Lunatic asylums in Bengal annual reports 1888-1898 - 1888-1898
Year: 1888
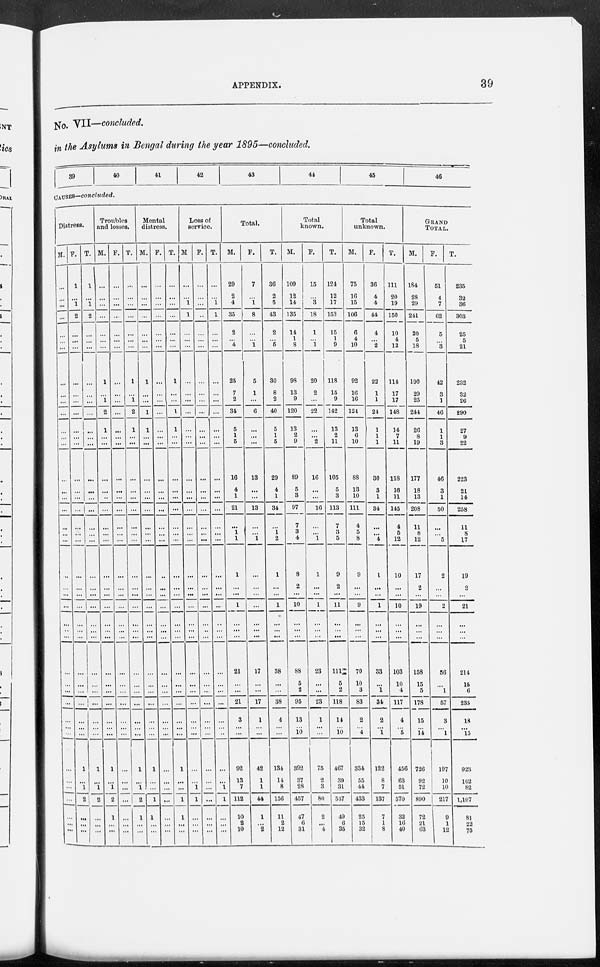
APPENDIX.
39
No. VII—concluded.
in the Asylums in Bengal during the year 1895—concluded.
39
40
41
42
43
44
45
46
CAUSES—concluded.
Distress.
M.
...
...
...
...
...
...
...
...
...
...
...
...
...
...
...
...
...
...
...
...
...
...
...
...
...
...
...
...
...
...
...
...
...
...
...
...
...
...
...
...
...
...
F.
1
...
1
2
...
...
...
...
...
...
...
...
...
...
...
...
...
...
...
...
...
...
...
...
...
...
...
...
...
...
...
...
...
... ...
1
...
1
2
...
...
...
T.
1
...
1
2
...
...
...
...
...
...
...
...
...
...
...
...
...
...
...
...
...
...
...
...
...
...
...
...
...
...
...
...
...
...
...
1
...
1
2
...
...
...
Troubles
and losses.
M.
...
...
...
...
...
...
...
1
...
1
2
1
...
...
...
...
...
...
...
...
...
...
...
...
...
...
...
...
...
...
...
...
...
...
1
...
1
2
1
...
...
F.
...
...
...
...
...
...
...
...
...
...
...
...
...
...
...
...
...
...
...
...
...
...
...
...
...
...
...
...
...
...
...
...
...
...
...
...
...
...
...
...
...
...
T.
...
...
...
...
...
...
...
l
...
1
2
1
...
...
...
...
...
...
...
...
...
...
...
...
...
...
...
...
...
...
...
...
...
...
...
1
...
1
2
1
...
...
Mental
distress.
M.
...
...
...
...
...
...
...
1
...
...
1
1
...
...
...
...
...
...
...
...
...
...
...
...
...
...
...
...
...
...
...
...
...
...
...
1
...
...
1
1
...
...
F.
...
...
...
...
...
...
...
...
...
...
...
...
...
...
...
...
...
...
...
...
...
...
...
...
...
...
...
...
...
...
...
...
...
...
...
...
...
...
...
...
...
...
T.
...
...
...
...
...
...
...
1
...
...
1
1
...
...
...
...
...
...
...
...
...
...
...
...
...
...
...
...
...
...
...
...
...
...
...
1
...
...
1
1
...
...
Loss of
service.
M.
...
...
1
1
...
...
...
...
...
...
...
...
...
...
...
...
...
...
...
...
...
...
...
...
...
...
...
...
...
...
...
...
...
...
...
...
...
1
1
...
...
...
F.
...
...
...
...
...
...
...
...
...
...
...
...
...
...
...
...
...
...
...
...
...
...
...
...
...
...
...
...
...
...
...
...
...
...
...
...
...
...
...
...
...
...
T.
...
...
1
1
...
...
...
...
...
...
...
...
...
...
...
...
...
...
...
...
...
...
...
...
...
...
...
...
...
...
...
...
...
...
...
...
...
1
1
...
...
...
Total.
M.
29
2
4
35
2
...
4
25
7
2
34
5
1
5
16
4
1
21
...
1 l
l
...
...
l
...
... ...
21
...
...
21
3
...
...
92
13
7
112
10
2
10
F.
7
...
1
8
...
...
1
5
1
...
6
...
...
...
13
...
...
13
...
...
1
...
...
...
...
...
... ...
17
...
...
17
1
...
...
42
1
1
44
1
...
2
T.
36
2
5
43
2
...
5
30
8
2
40
5
1
5
29
4
1
34
...
1
2
1
...
...
1
...
... ...
38
...
...
38
4
...
...
134
14
8
156
11
2
12
Total
known.
M.
109
12
14
135
14
1
8
98
13
9
120
13
2
9
89
5
3
97
7
3
4
8
2
...
10
...
... ...
88
5
2
95
13
...
10
392
37
28
457
47
6
31
F.
15
...
3
18
1
...
1
20
2
...
22
...
...
2
16
...
...
16
...
...
1
1
...
...
1
...
... ...
23
...
...
23
1
...
...
75
2
3
80
2
...
4
T.
124
12
17
153
15
1
9
118
15
9
142
13
2
11
105
5
3
113
7
3
5
9
2
...
11
...
... ...
111
5
2
118
14
...
10
467
39
31
537
49
6
35
Total
unknown.
M.
75
16
15
106
6
4
10
92
16
16
124
13
6
10
88
13
10
111
4
5
8
9
...
...
9
...
... ...
70
10
3
83
2
...
4
334
55
44
433
25
15
32
F.
36
4
4
44
4
...
2
22
1
1
24
1
1
1
30
3
1
34
...
...
4
1
...
...
1
...
... ...
33
...
1
34
2
... 1
122
8
7
137
7
1
8
T.
111
20
19
150
10
4
12
114
17
17
148
14
7
11
118
16
11
145
4
5
12
10
...
...
10
...
... ...
103
10
4
117
4
... 5
456
63
51
570
32
16
40
GRAND
TOTAL.
M.
184
28
29
241
20
5
18
190
29
25
244
26
8
19
177
18
13
208
11
8
12
17
2
...
19
...
...
...
158
15
5
178
15
... 14
726
92
72
890
72
21
63
F.
51
4
7
62
5
...
3
42
3
1
46
1
1
3
46
3
1
50
...
...
5
2
...
...
2
...
... ...
56
...
1
57
3
... 1
197
10
10
217
9
1
12
T.
235
32
36
303
25
5
21
232
32
26
290
27
9
22
223
21
14
258
11
8
17
19
2
...
21
...
... ...
214
15
6
235
18
... 15
923
102
82
1,107
81
22
75